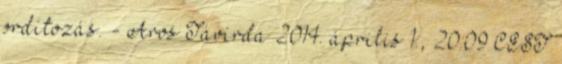
ordítozás. - Aros Távírda 2014. április 1., 20:09 CEST